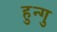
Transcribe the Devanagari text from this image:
हुन्गु